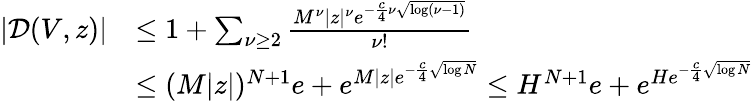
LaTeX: \begin{array}{rl}{|\mathcal{D}(V,z)|}&{\le 1+\sum_{\nu\ge 2}\frac{M^{\nu}|z|^{\nu}e^{-\frac{c}{4}\nu\sqrt{\log(\nu-1)}}}{\nu!}}\\ &{\le(M|z|)^{N+1}e+e^{M|z|e^{-\frac{c}{4}\sqrt{\log N}}}\le H^{N+1}e+e^{He^{-\frac{c}{4}\sqrt{\log N}}}}\end{array}